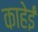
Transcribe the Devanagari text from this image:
काहेई